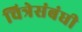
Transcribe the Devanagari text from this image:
चित्रेसंबंधी